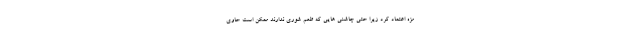
مزه اعتماد کرد زیرا حتی چاشنی هایی که طعم شوری ندارند ممکن است حاوی